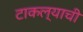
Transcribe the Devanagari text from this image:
टाकल्याची